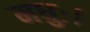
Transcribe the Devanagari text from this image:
मधुः।